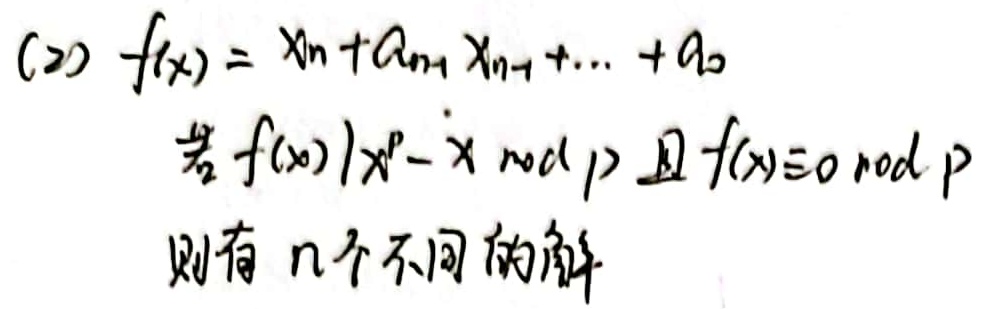
(2) 若\(f(x)=x^n + a_{n - 1}x^{n - 1}+\cdots + a_0\)满足\(f(x)\mid x^p - x\bmod p\)且\(f(x)\not\equiv0\bmod p\)，则\(f(x)\)有\(n\)个不同的解。